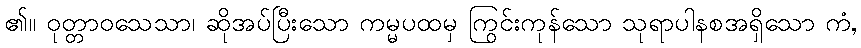
၏။ ဝုတ္တာဝသေသာ၊ ဆိုအပ်ပြီးသော ကမ္မပထမှ ကြွင်းကုန်သော သုရာပါနစအရှိသော ကံ,